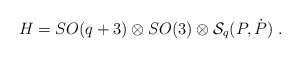
\begin{align*}H= SO(q+3)\otimes SO(3)\otimes {\cal S}_q(P,\dot P)\ .\end{align*}